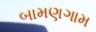
બામણગામ